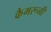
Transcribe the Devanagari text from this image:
कैमरूनी